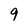
Character: 9